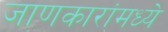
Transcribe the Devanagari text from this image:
जाणकारांमध्ये